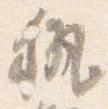
執